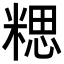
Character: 𥻏